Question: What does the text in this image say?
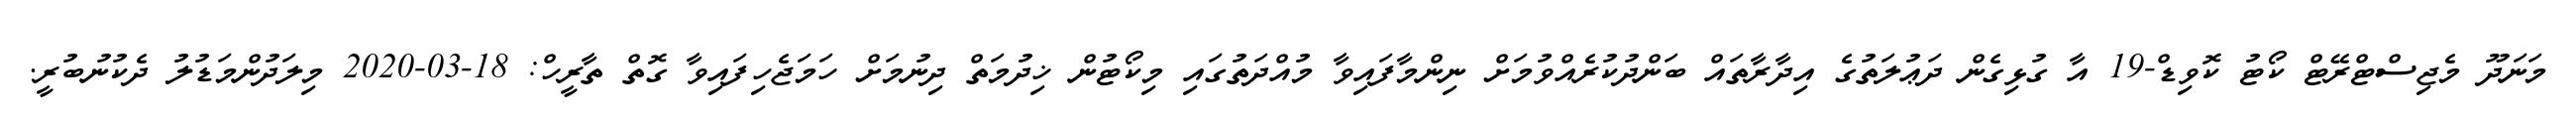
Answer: މަނަދޫ މެޖިސްޓްރޭޓް ކޯޓު ކޮވިޑް-19 އާ ގުޅިގެން ދަޢުލަތުގެ އިދާރާތައް ބަންދުކުރެއްވުމަށް ނިންމާފައިވާ މުއްދަތުގައި މިކޯޓުން ޚިދުމަތް ދިނުމަށް ހަމަޖެހިފައިވާ ގޮތް ތާރީހް: 18-03-2020 މިލަދުންމަޑުލު ދެކުނުބުރީ.